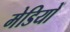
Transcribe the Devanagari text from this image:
मेडियों